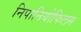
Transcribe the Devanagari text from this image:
निपानियोफिलम